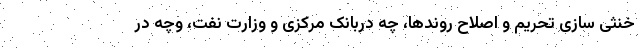
خنثی سازی تحریم و اصلاح روندها، چه دربانک مرکزی و وزارت نفت، وچه در